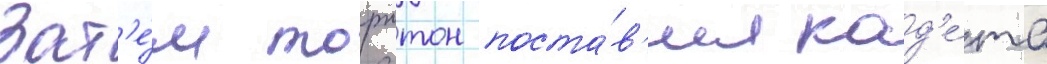
Зат'е́м торнтон поста́в'ил кад'е́та